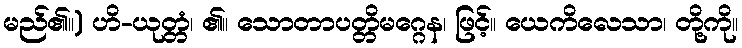
မည်၏။) ဟိ-ယုတ္တံ၊ ၏။ သောတာပတ္တိမဂ္ဂေန၊ ဖြင့်။ ယေကိလေသာ၊ တို့ကို။